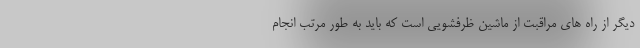
دیگر از راه های مراقبت از ماشین ظرفشویی است که باید به طور مرتب انجام